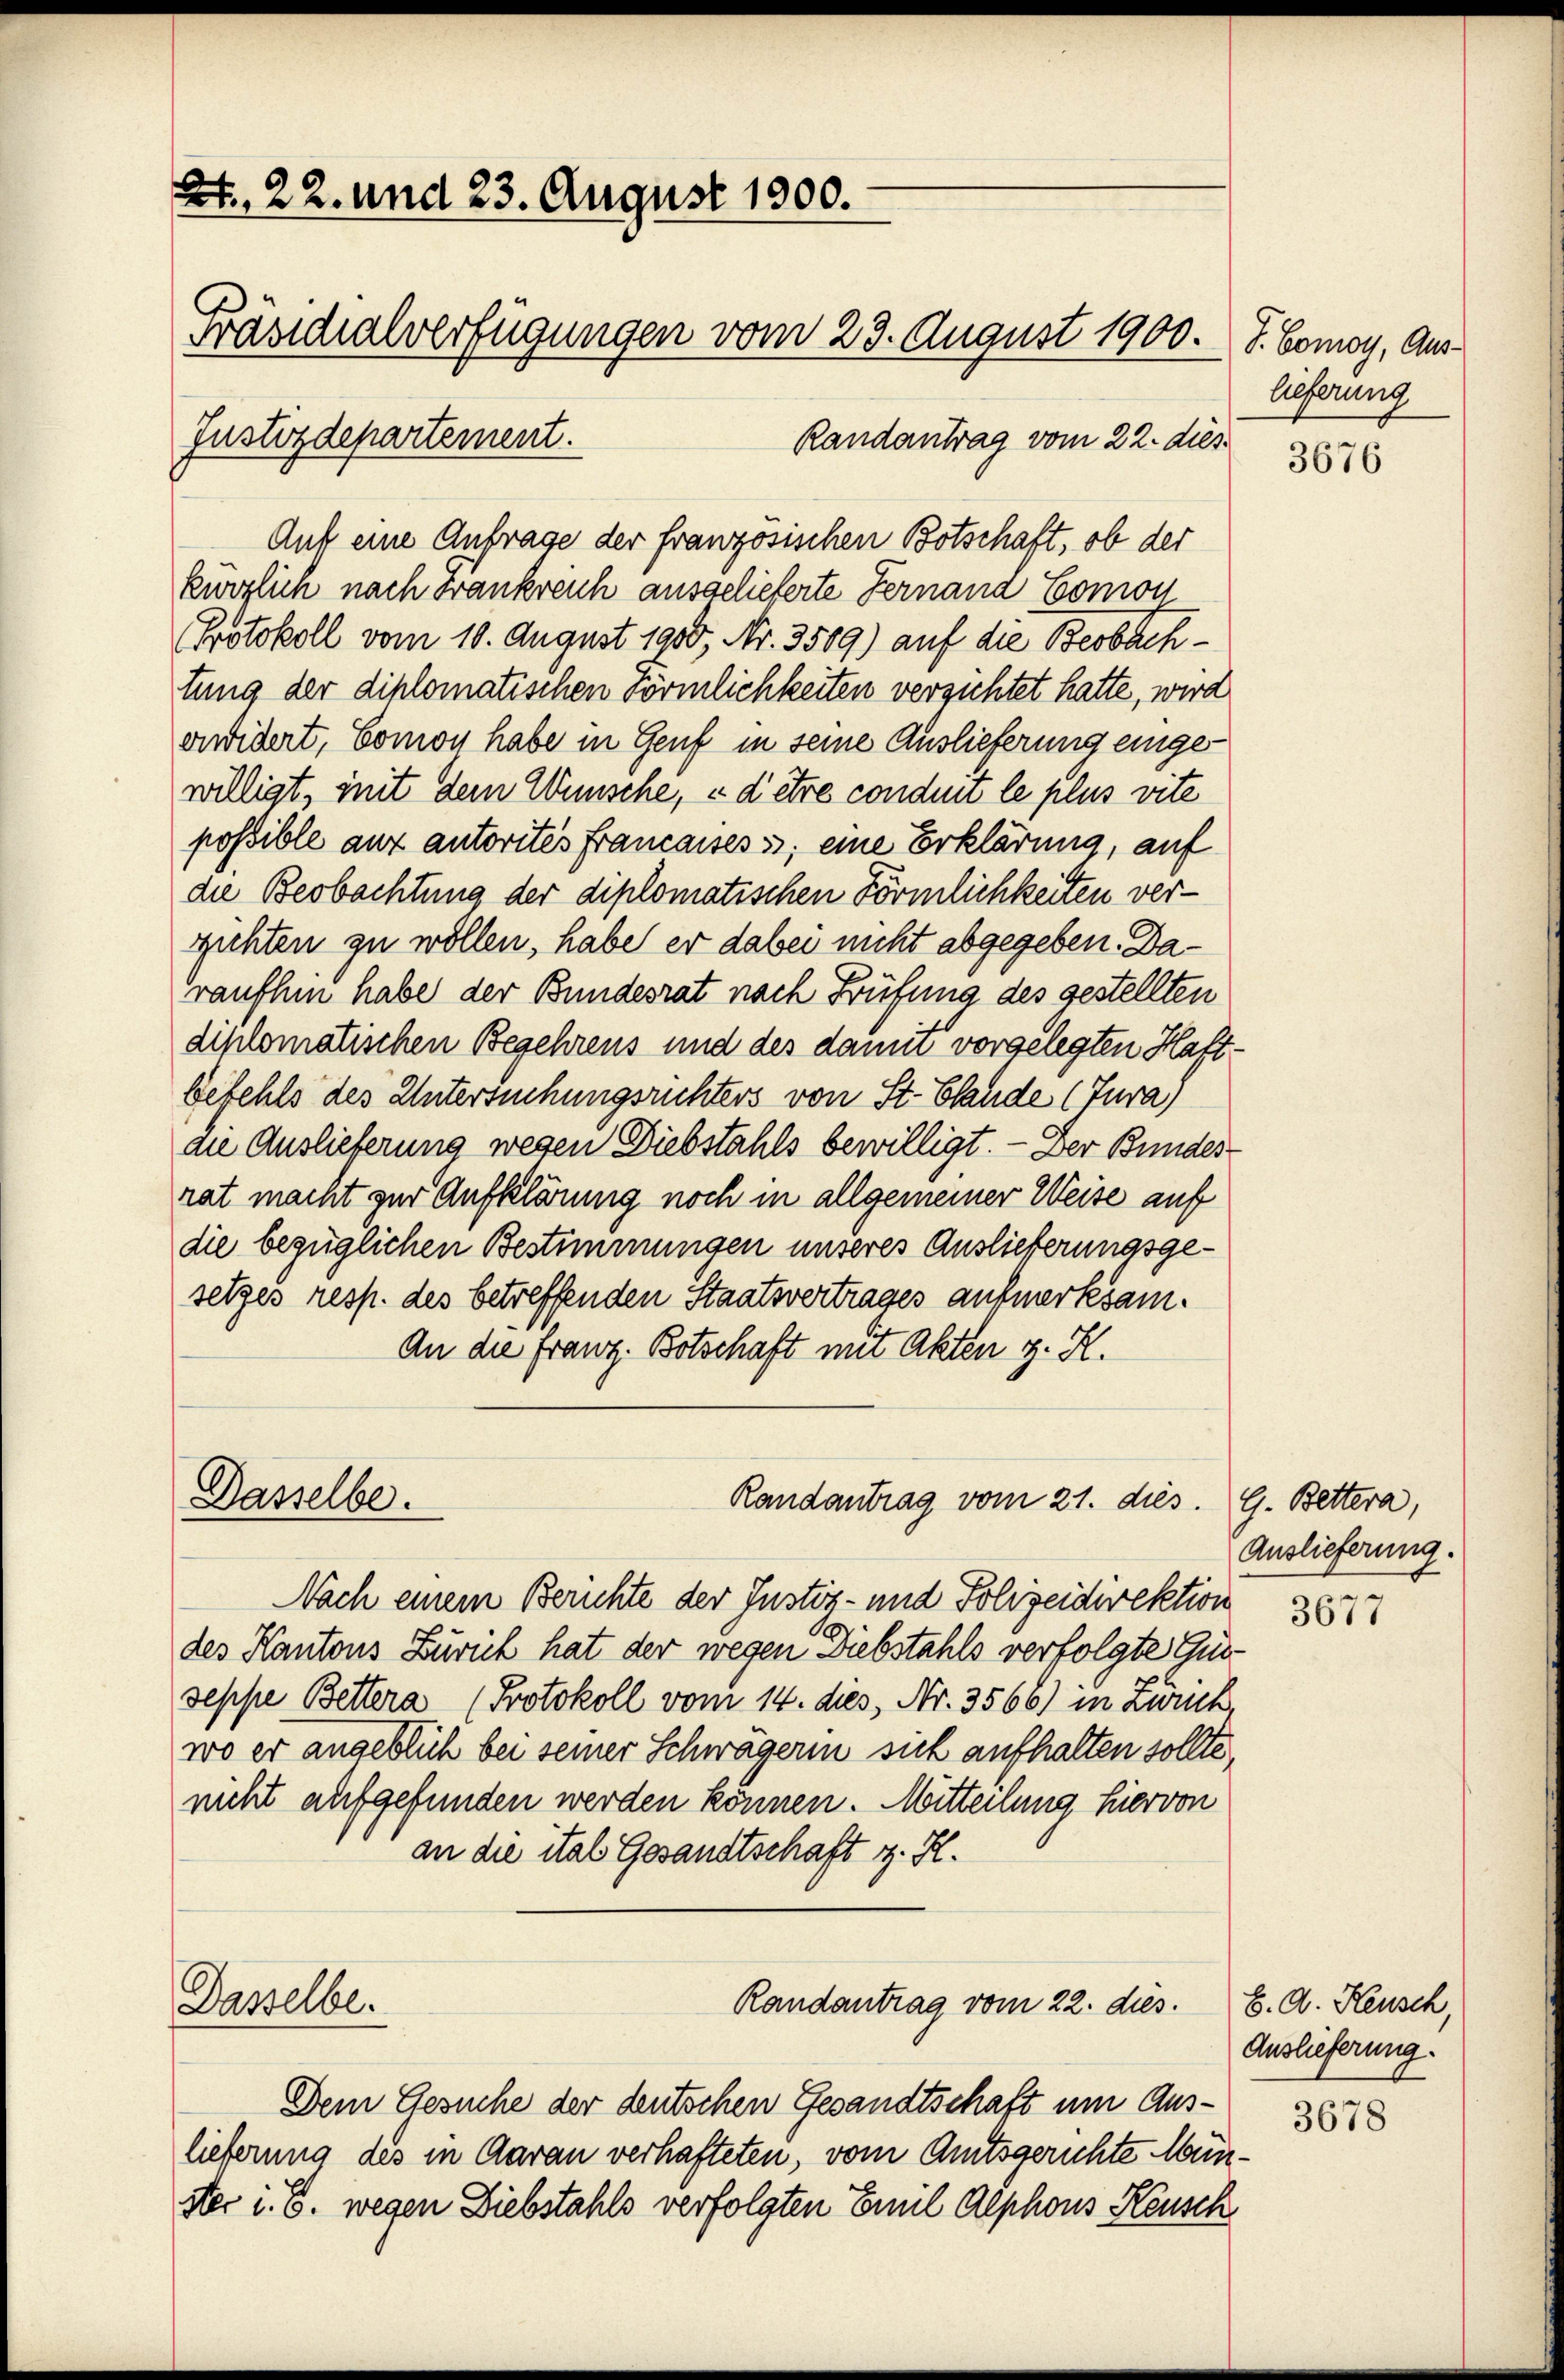
Et. 22. und 23. August 1900.
Präsidialverfügungen vom 23. August 1900. I. Comoy, Aus¬

Justizdepartement.

Dasselbe.

Nach einem Berichte der Justiz- und Polizeidirektion
des Kantons Zürich hat der wegen Diebstahls verfolgte Gut-
seppe Bettera (Protokoll vom 14. dies, Nr. 3566) in Zürich,
wo er angeblich bei seiner Schwägerin sich aufhalten sollte,
nicht aufgefunden werden können. Mitteilung hiervon
an die ital Gesandtschaft z. R.
Randantrag vom 22. dies. E. A. Keusch,
Dasselbe.
Dem Gesuche der deutschen Gesandtschaft um Auslieferung des in Aarau verhafteten, vom Amtsgerichte Münster i. B. wegen Diebstahls verfolgten Emil Alphons Keusch

Randantrag vom 22. dies

Randantrag vom 21. dies. G. Bettera,

Auf eine Antrage der französischen Botschaft, ob der
kurglich nach Frankreich ausgelieferte Fernana Comoy
Protokoll vom 10. August 1900, Nr. 3509) auf die Beobachtung der diplomatischen Förmlichkeiten verzichtet hatte, wird
erwidert, Comon habe in Genf in seine Auslieferung eingewilligt, mit dem Wünsche, u d’être conduit le plus vite
possible aux autorités francasses ; eine Erklärung, auf
die Beobachtung der diplomatischen Förmlichkeiten verzichten zu wollen, habe er dabei nicht abgegeben. Daraufhin habe der Bundesrat nach Prüfung des gestellten
diplomatischen Begehrens und des damit vorgelegten Haft-
Befehls des Untersuchungsrichters von St. Claude (Tura)
die Auslieferung wegen Diebstahls bewilligt. — Der Bundes
rat macht zur Aufklärung noch in allgemeiner Weise auf
die bezüglichen Bestimmungen unseres Auslieferungsgesetzes resp. des betreffenden Staatsvertrages aufmerksam.
An die Franz. Botschaft mit Akten z. K.

lieferung

3676

Auslieferung.

3677

Auslieferung.

3678